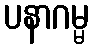
ပနာဂမ္မ